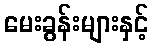
မေးခွန်းများနှင့်